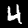
Label: 4